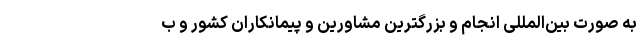
به صورت بین‌المللی انجام و بزرگترین مشاورین و پیمانکاران کشور و ب